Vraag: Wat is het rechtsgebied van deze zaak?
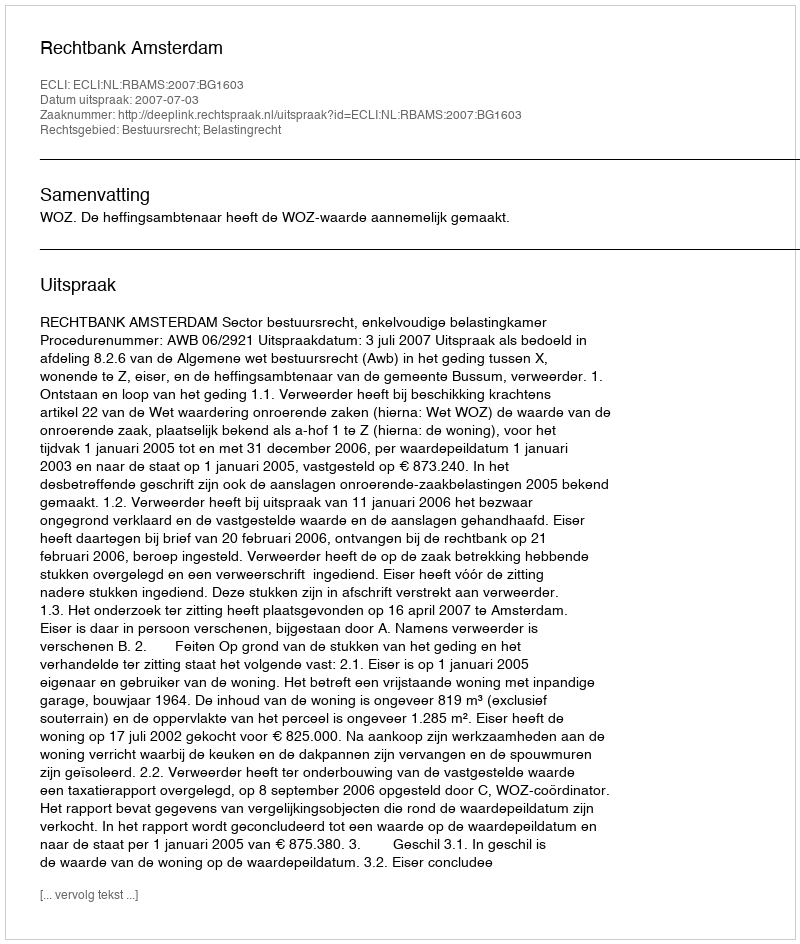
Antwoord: Bestuursrecht; Belastingrecht